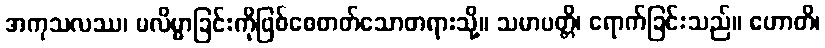
အကုသလဿ၊ မလိမ္မာခြင်းကိုဖြစ်စေတတ်သောတရားသို့။ သမာပတ္တိ၊ ရောက်ခြင်းသည်။ ဟောတိ၊